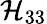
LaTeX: \mathcal{H}_{33}